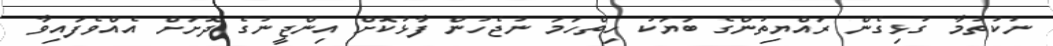
ނުކުތުމާ ގުޅިގެން ރައްޔިތުންގެ ބަޔަކު ހިތްހަމަ ނުޖެހުން ފާޅުކޮށް އިންޖީނުގެ ދޮށަށް އެއްވެފައިވާ